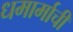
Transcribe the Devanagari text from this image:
धमार्माची